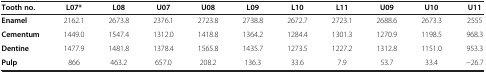
<table><thead><tr><td><b>Tooth no.</b></td><td><b>L07*</b></td><td><b>L08</b></td><td><b>U07</b></td><td><b>U08</b></td><td><b>L09</b></td><td><b>L10</b></td><td><b>L11</b></td><td><b>U09</b></td><td><b>U10</b></td><td><b>U11</b></td></tr></thead><tbody><tr><td><b>Enamel</b></td><td>2162.1</td><td>2673.8</td><td>2376.1</td><td>2723.8</td><td>2738.8</td><td>2672.7</td><td>2723.1</td><td>2688.6</td><td>2673.3</td><td>2555</td></tr><tr><td><b>Cementum</b></td><td>1449.0</td><td>1547.4</td><td>1312.0</td><td>1418.8</td><td>1364.2</td><td>1284.4</td><td>1301.3</td><td>1270.9</td><td>1198.5</td><td>968.3</td></tr><tr><td><b>Dentine</b></td><td>1477.9</td><td>1481.8</td><td>1378.4</td><td>1565.8</td><td>1435.7</td><td>1273.5</td><td>1227.2</td><td>1312.8</td><td>1151.0</td><td>953.3</td></tr><tr><td><b>Pulp</b></td><td>866</td><td>463.2</td><td>657.0</td><td>208.2</td><td>136.3</td><td>33.6</td><td>7.9</td><td>53.7</td><td>33.4</td><td>-26.7</td></tr></tbody></table>